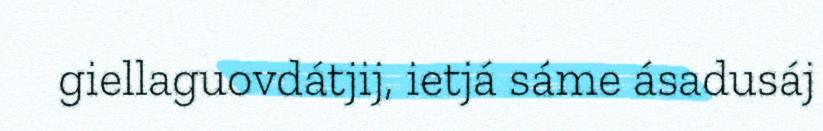
giellaguovdátjij, ietjá sáme ásadusáj